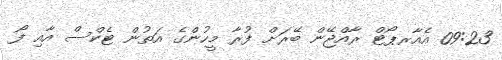
09:23 އެއާރޕޯޓް ރާއްޖޭން ބޭރަށް ފުރާ މީހުންގެ އަތުން ޓެކްސް އާއި ފޯ